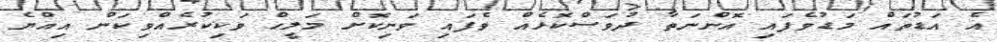
އެ އަޑުތައް މަޑުވެފައި އޮންނަތާ ދުވަސްކޮޅެއް ވެފައި ވަނިކޮށް މަލީހް ވަކިކުރެއްވިކަން އިއްޔެ